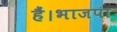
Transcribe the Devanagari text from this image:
हैं।भाजपा